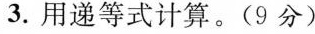
3. 用递等式计算。(9分)